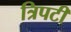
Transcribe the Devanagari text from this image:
त्रिपटी